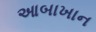
આબાખાન